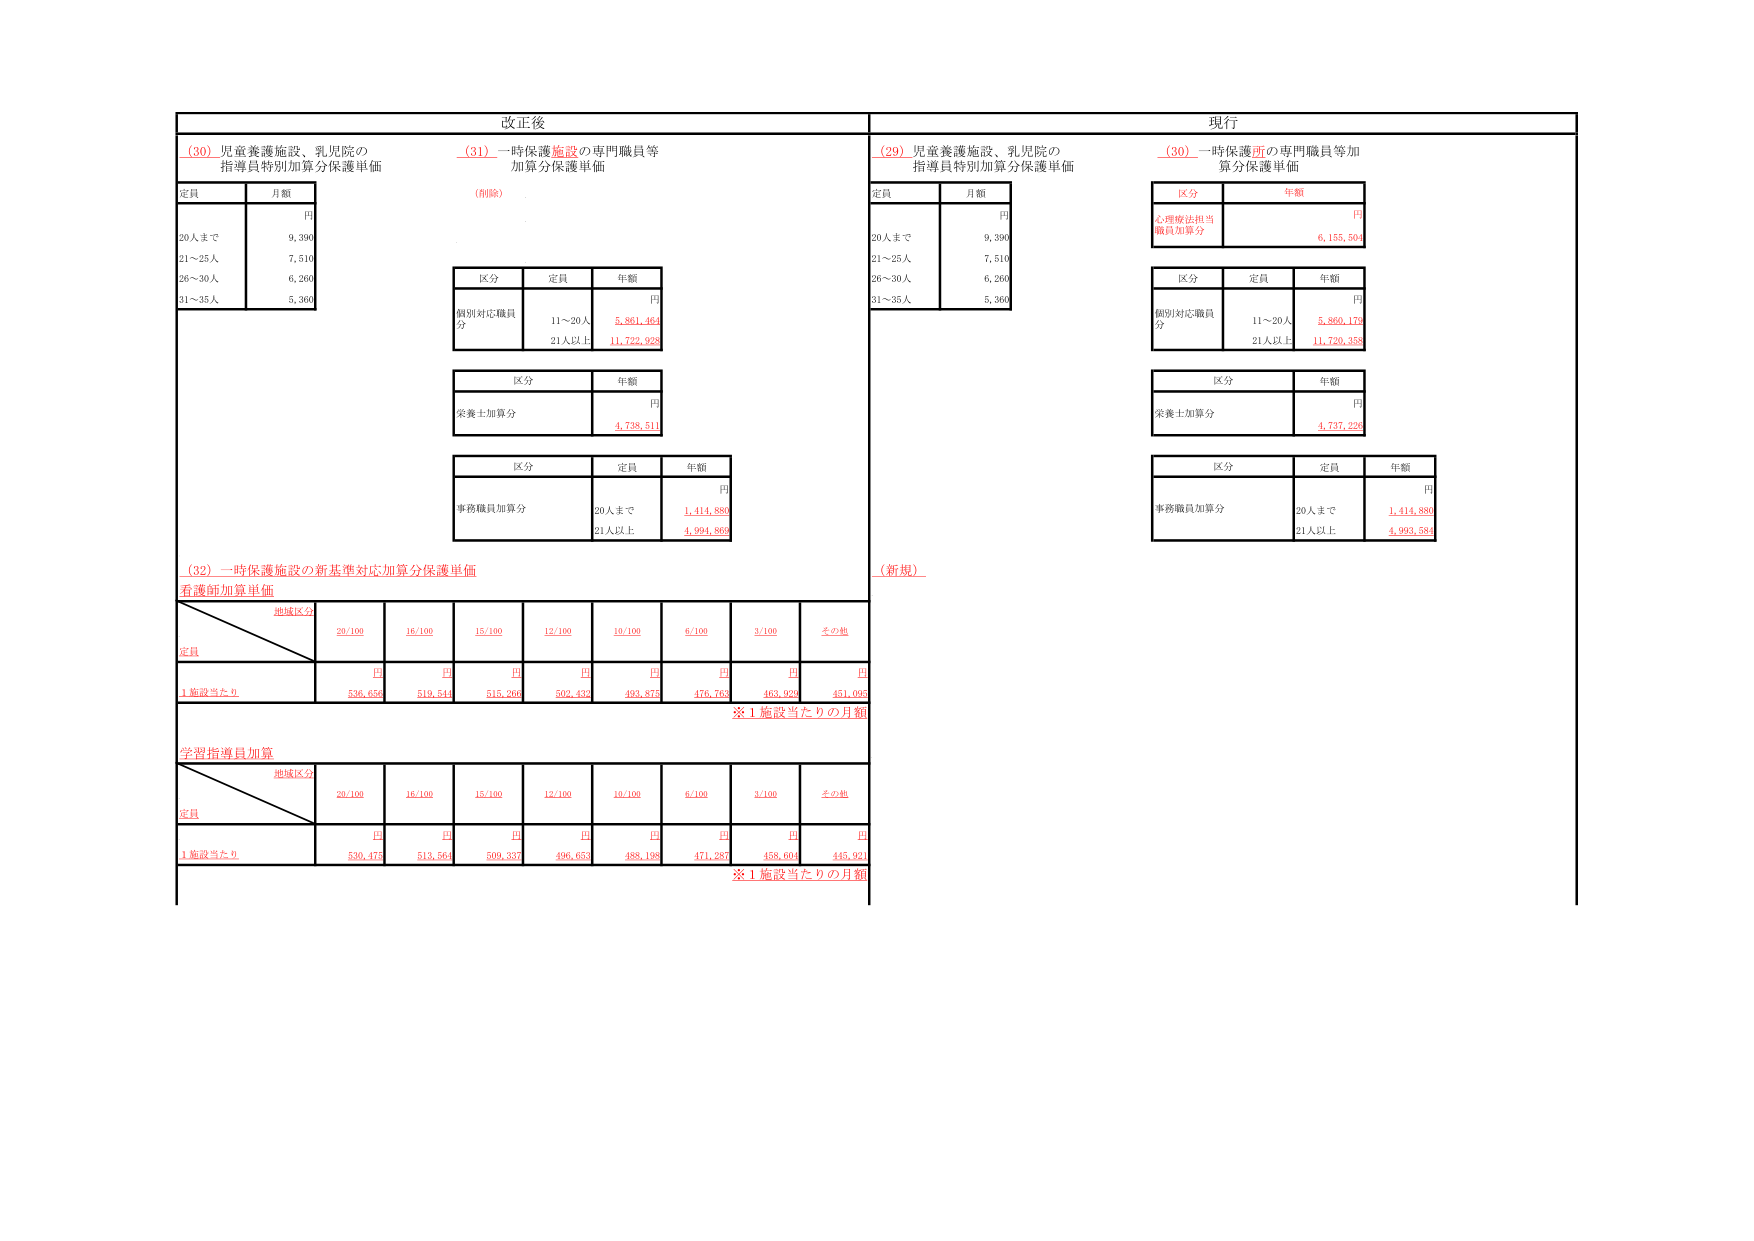
改正後
(30) 児童養護施設、乳児院の
指導員特別加算分保護単価
定員 月額
円
20人まで 9,390
21～25人 7,510
26～30人 6,260
31～35人 5,360
(31) 一時保護施設の専門職員等
加算分保護単価
(削除)
区分 定員 年額
円
個別対応職員
分
11～20人 5,861,460
21人以上 11,722,928
区分 年額
円
栄養士加算分 4,738,511
区分 定員 年額
円
事務職員加算分
20人まで 1,414,880
21人以上 4,994,869
(32) 一時保護施設の新基準対応加算分保護単価
看護師加算単価
地域区分
定員 20/100 16/100 15/100 12/100 10/100 6/100 3/100 その他
円 円 円 円 円 円 円 円
1施設当たり 536,656 519,544 515,260 502,432 493,875 476,763 463,929 451,095
※1施設当たりの月額
学習指導員加算
地域区分
定員 20/100 16/100 15/100 12/100 10/100 6/100 3/100 その他
円 円 円 円 円 円 円 円
1施設当たり 530,475 513,564 509,337 496,653 488,198 471,287 458,604 445,921
※1施設当たりの月額
現行
(29) 児童養護施設、乳児院の
指導員特別加算分保護単価
定員 月額
円
20人まで 9,390
21～25人 7,510
26～30人 6,260
31～35人 5,360
(30) 一時保護所の専門職員等加
算分保護単価
区分 年額
円
心理療法担当
職員加算分 6,155,504
区分 定員 年額
円
個別対応職員
分
11～20人 5,860,176
21人以上 11,720,358
区分 年額
円
栄養士加算分 4,737,226
区分 定員 年額
円
事務職員加算分
20人まで 1,414,880
21人以上 4,993,584
(新規)